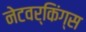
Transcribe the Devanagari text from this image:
नेटवर्किंग्स